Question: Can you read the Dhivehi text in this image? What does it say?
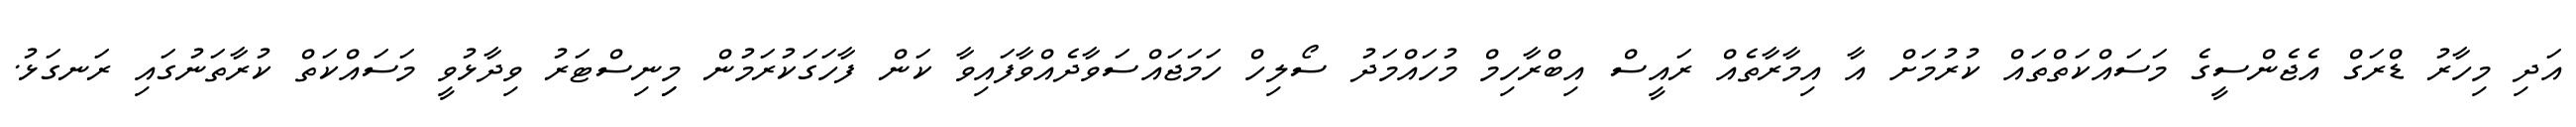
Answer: އަދި މިހާރު ޑްރަގް އެޖެންސީގެ މަސައްކަތްތައް ކުރުމަށް އާ އިމާރާތެއް ރައީސް އިބްރާހިމް މުހައްމަދު ސޯލިހް ހަމަޖައްސަވާދެއްވާފައިވާ ކަން ފާހަގަކުރަމުން މިިނިސްޓަރު ވިދާޅުވީ މަސައްކަތް ކުރާތަނުގައި ރަނގަޅު.